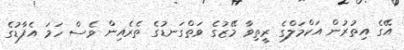
އޭގެ އިތުރުން އަކްމަލްގެ ރީތިވާ މޭޒުގެ ވަތްގަނޑުގެ ތެރެއިން ވެސް ހަމަ އެފާޑުގެ